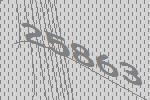
25863